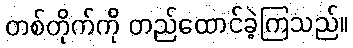
တစ်တိုက်ကို တည်ထောင်ခဲ့ကြသည်။